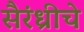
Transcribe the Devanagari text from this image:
सैरंध्रीचे